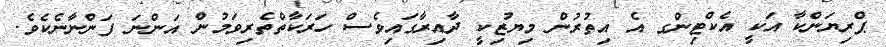
ޕްރިޔަންކާ އަކީ އެކްޓިންގ އެ އިތުރުން މިޔުޒިކީ ދާއިރާގައިވެސް ހަރަކާތްތެރިވަމުން އަންނަ ފަންނާނެކެވެ.